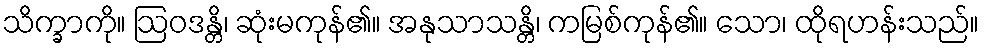
သိက္ခာကို။ ဩဝဒန္တိ၊ ဆုံးမကုန်၏။ အနုသာသန္တိ၊ ကမြစ်ကုန်၏။ သော၊ ထိုရဟန်းသည်။